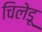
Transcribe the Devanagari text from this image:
चिलेडू